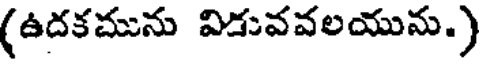
(ఉదకమును విడువవలయును.)